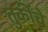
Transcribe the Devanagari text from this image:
तुर्कींचे